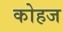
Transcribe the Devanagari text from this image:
कोहज